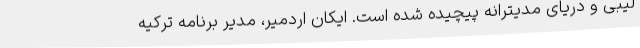
لیبی و دریای مدیترانه پیچیده شده است. ایکان اردمیر، مدیر برنامه ترکیه